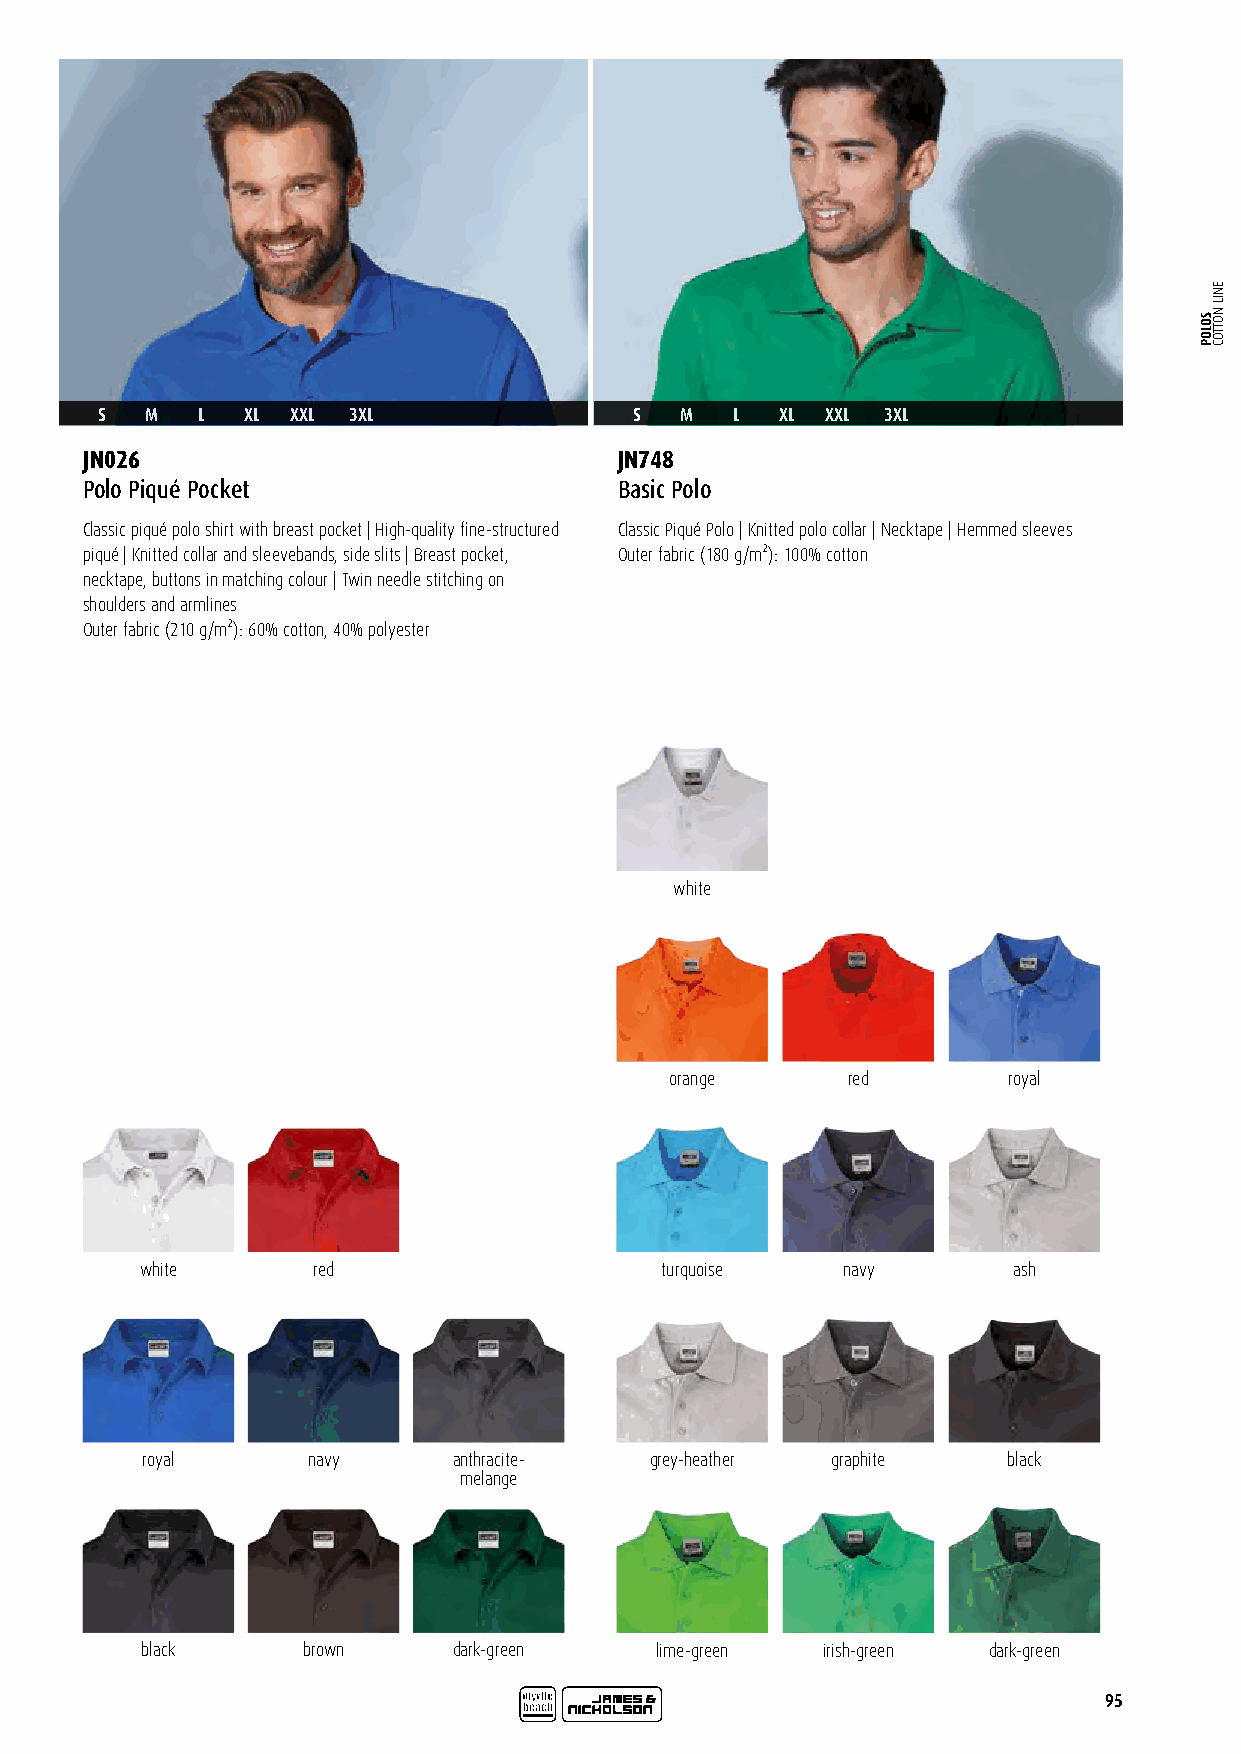
S   M  L  XL XXL 3XL                S  M   L  XL XXL 3XL
 JN026                               JN748
 Polo Piqué Pocket                   Basic Polo
 Classic piqué polo shirt with breast pocket | High-quality fine-structured Classic Piqué Polo | Knitted polo collar | Necktape | Hemmed sleeves
 piqué | Knitted collar and sleevebands, side slits | Breast pocket, Outer fabric (180 g/m²): 100% cotton
 necktape, buttons in matching colour | Twin needle stitching on
 shoulders and armlines
 Outer fabric (210 g/m²): 60% cotton, 40% polyester
 white
 orange      red        royal
 white       red                    turquoise   navy       ash
 royal      navy      anthracite-  grey-heather graphite   black
 melange
 black      brown     dark-green   lime-green irish-green dark-green
 95
 SOLOP
 ENIL
 NOTTOC